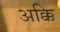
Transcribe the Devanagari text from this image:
अक्कि